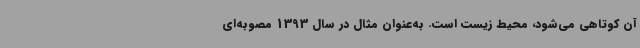
آن کوتاهی می‌شود، محیط زیست است. به‌عنوان مثال در سال 1393 مصوبه‌ای